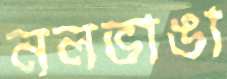
নলভাঙা